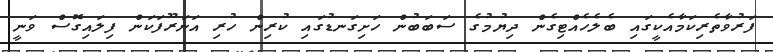
ފަރުވާތެރިކަމާއެކީގައި ބެލެހެއްޓިގެން ދިޔުމުގެ ސަބަބުން ހަށިގަނޑުގައި ކުރިން ހުރި އަނަރޫފަކަން ފިލައިގޮސް ވަނީ